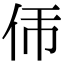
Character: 𬽮